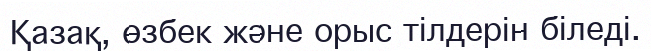
Қазақ, өзбек және орыс тілдерін біледі.